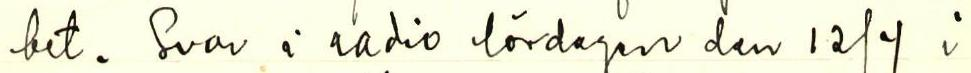
let. Svar i radio lördagen den 12/4 i